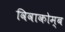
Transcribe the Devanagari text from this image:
विवाकोम्ब